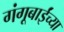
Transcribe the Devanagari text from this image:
गंगूबाईंच्या